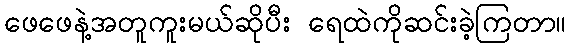
ဖေဖေနဲ့အတူကူးမယ်ဆိုပီး ရေထဲကိုဆင်းခဲ့ကြတာ။